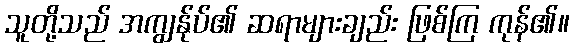
သူတို့သည် အကျွန်ုပ်၏ ဆရာများချည်း ဖြစ်ကြ ကုန်၏။